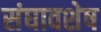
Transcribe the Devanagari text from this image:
संघावशेष